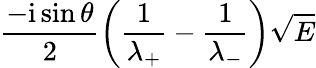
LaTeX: \frac{-\mathrm{i}\sin\theta}{2}\left(\frac{1}{\lambda_{+}}-\frac{1}{\lambda_{-}}\right)\sqrt{E}